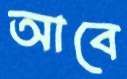
আবে